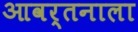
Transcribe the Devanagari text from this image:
आवर्तनाला